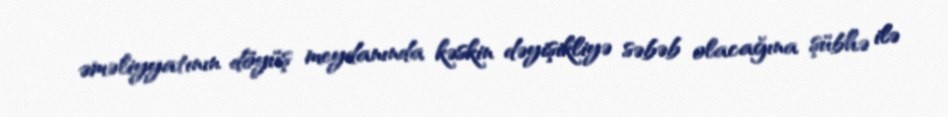
əməliyyatının döyüş meydanında kəskin dəyişikliyə səbəb olacağına şübhə ilə